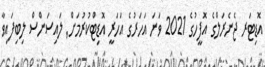
އޮޑިޓަރ ޖެނެރަލްގެ އޮފީހުގެ 2021 ވަނަ އަހަރުގެ އަހަރީ އޮޑިޓްކުރުމަށް